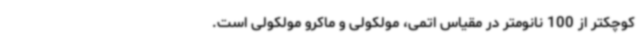
کوچکتر از 100 نانومتر در مقیاس اتمی، مولکولی و ماکرو مولکولی است.